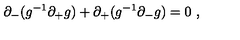
\partial _ { - } ( g ^ { - 1 } \partial _ { + } g ) + \partial _ { + } ( g ^ { - 1 } \partial _ { - } g ) = 0 \ ,